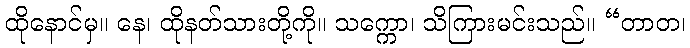
ထိုနောင်မှ။ နေ၊ ထိုနတ်သားတို့ကို။ သက္ကော၊ သိကြားမင်းသည်။ “တာတ၊